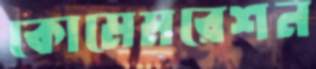
কোমেমরেশন